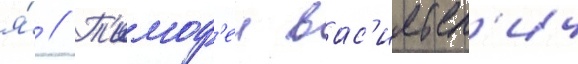
я́ // Т'имоф'еи вас'ильев'ич